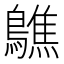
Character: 𪆄